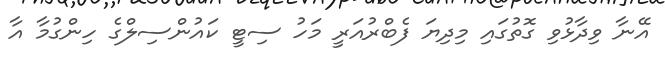
އޭނާ ވިދާޅުވި ގޮތުގައި މިދިޔަ ފެބްރުއަރީ މަހު ސިޓީ ކައުންސިލްގެ ހިންގުމާ އާ